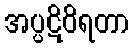
အပ္ပဋိဝိရတာ